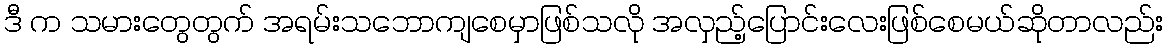
ဒီ က သမားတွေတွက် အရမ်းသဘောကျစေမှာဖြစ်သလို အလှည့်ပြောင်းလေးဖြစ်စေမယ်ဆိုတာလည်း